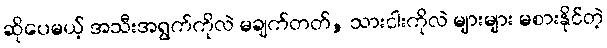
ဆိုပေမယ့် အသီးအရွက်ကိုလဲ မချက်တတ်, သားငါးကိုလဲ များများ မစားနိုင်တဲ့